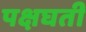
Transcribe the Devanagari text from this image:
पक्षघती